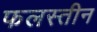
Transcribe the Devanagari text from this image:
फलस्तीन